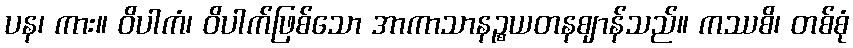
ပန၊ ကား။ ဝိပါကံ၊ ဝိပါက်ဖြစ်သော အာကာသာနဉ္စယတနဈာန်သည်။ ကဿစိ၊ တစ်စုံ